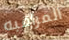
المراقبه